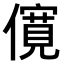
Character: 𫣷